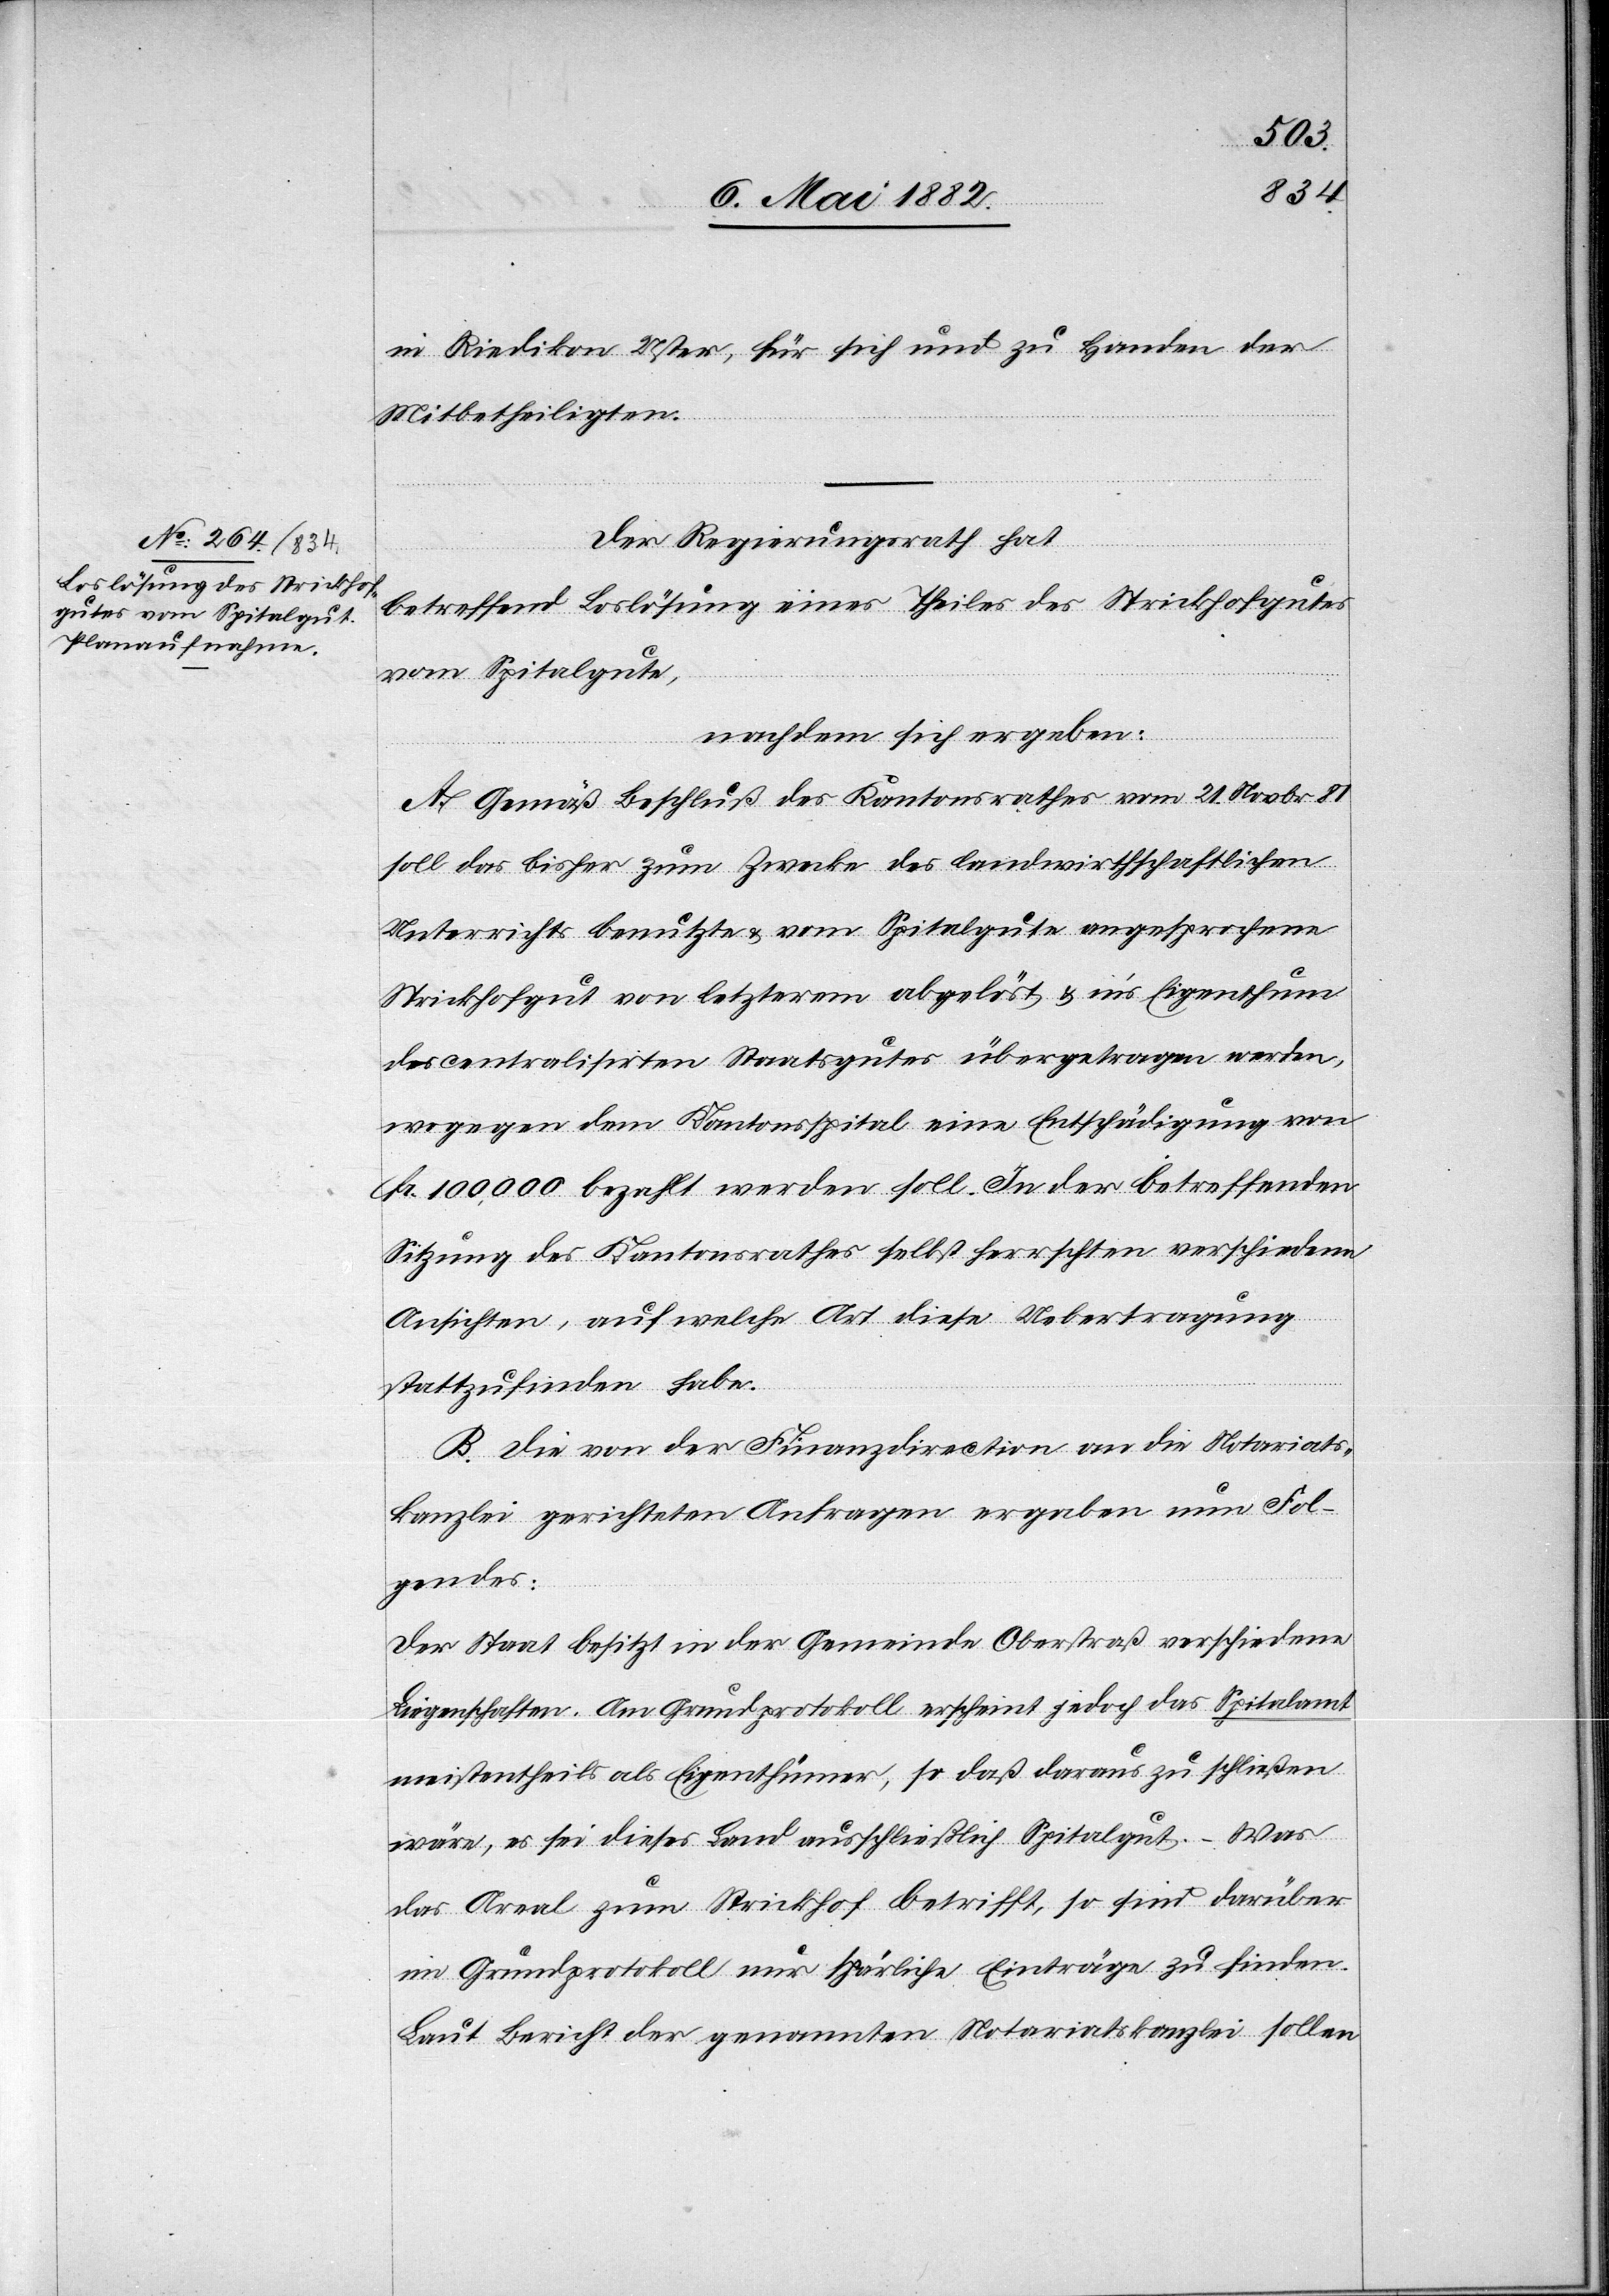
in Riedikon [-] Uster, für sich und zu Handen der
Mitbetheiligten.
Der Regierungsrath hat,
betreffend Loslösung eines Theiles des Strickhofgutes
vom Spitalgute,
nachdem sich ergeben:
A. Gemäß Beschluß des Kantonsrathes vom 21. Novbr. 81
soll das bisher zum Zwecke des landwirthschaftlichen
Unterrichts benutzte & vom Spitalgute angesprochene
Strickhofgut von letzterem abgelöst & in’s Eigenthum
des centralisirten Staatsgutes übergetragen werden,
wogegen dem Kantonsspital eine Entschädigung von
Fr. 100,000 bezahlt werden soll. In der betreffenden
Sitzung des Kantonsrathes selbst herrschten verschiedene
Ansichten, auf welche Art diese Uebertragung
stattzufinden habe.
B. Die von der Finanzdirection an die Notariats¬
kanzlei gerichteten Anfragen ergeben nun Fol¬
gendes;
Der Staat besitzt in der Gemeinde Oberstraß verschiedene
Liegenschaften. Am Grundprotokoll erscheint jedoch das Spitalamt
meistentheils als Eigenthümer, so daß daraus zu schließen
wäre, es sei dieses Land ausschließlich Spitalgut. Was
das Areal zum Strickhof betrifft, so sind darüber
im Grundprotokoll nur spärliche Einträge zu finden.
Laut Bericht der genannten Notariatskanzlei sollen